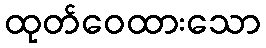
ထုတ်ဝေထားသော